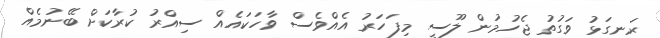
ރަނގަޅު ވަގުތު ޖެހުމުން ލޫސީ މިފަހަރު އެއްވެސް ވާހަކައެއް ސިއްރު ކުރާކަށް ބޭނުމެއް